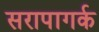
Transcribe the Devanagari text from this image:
सरापागर्क